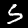
Digit: 5